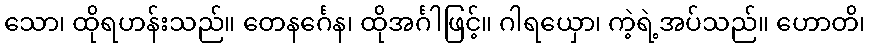
သော၊ ထိုရဟန်းသည်။ တေနင်္ဂေန၊ ထိုအင်္ဂါဖြင့်။ ဂါရယှော၊ ကဲ့ရဲ့အပ်သည်။ ဟောတိ၊